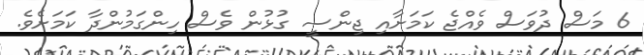
6 މަސް ދުވަސް ވެއްޖެ ކަމަށާއި ޖިންސީ ގުޅުން ވެސް ހިންގަމުންދާ ކަމަށެވެ.